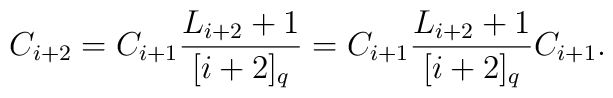
C_{i+2}=C_{i+1}\frac{L_{i+2}+1}{[i+2]_q}=C_{i+1}\frac{L_{i+2}+1}{[i+2]_q}C_{i+1}.